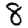
Digit: 8